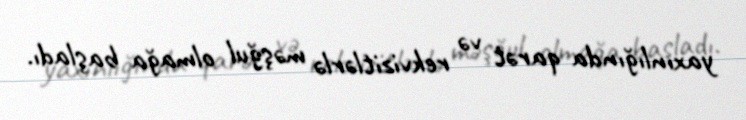
yaxınlığında qarət və rekvizitlərlə məşğul olmağa başladı.